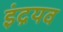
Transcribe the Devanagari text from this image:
इंद्रयव